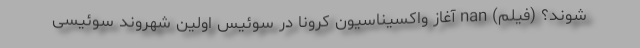
شوند؟ (فیلم) nan آغاز واکسیناسیون کرونا در سوئیس اولین شهروند سوئیسی